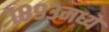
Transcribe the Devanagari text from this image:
१८९३मध्ये